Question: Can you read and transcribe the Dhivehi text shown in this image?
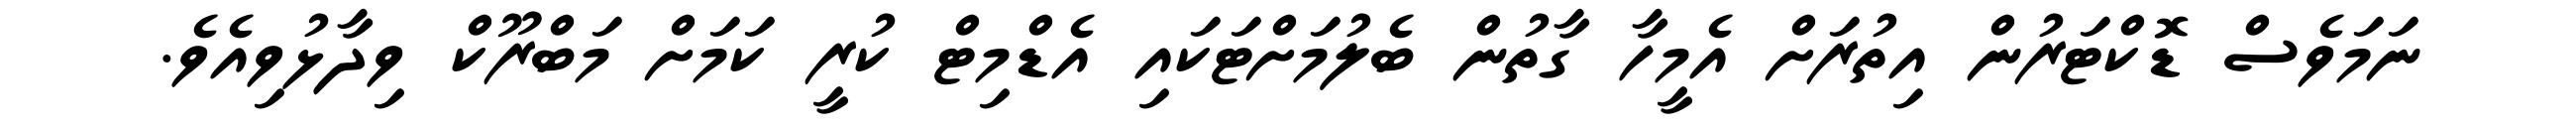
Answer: ނަމަވެސް ޑޮކްޓަރުން އިތުރަށް އެމީހާ ގާތުން ބެލުމަށްޓަކައި އެޑްމިޓް ކުރީ ކަމަށް މަބްރޫކް ވިދާޅުވިއެވެ.